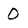
Character: O